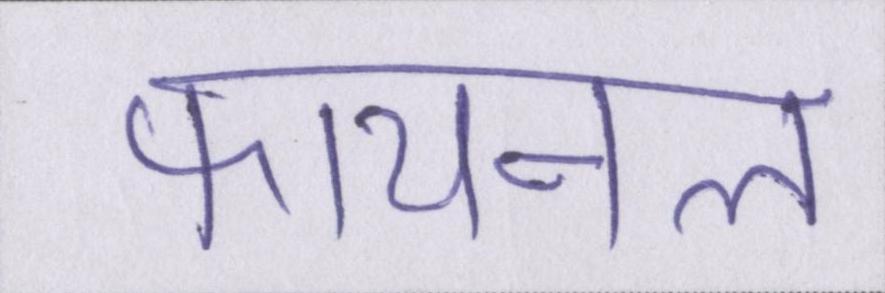
फायनल